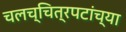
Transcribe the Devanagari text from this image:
चलच्चित्रपटांच्या